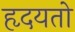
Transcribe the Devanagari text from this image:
हृदयतो